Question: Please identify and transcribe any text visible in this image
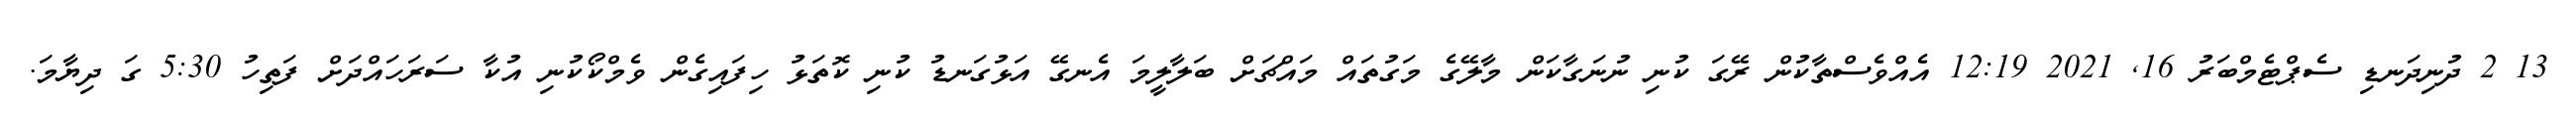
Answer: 13 2 ދުނިދަނޑި ސެޕްޓެމްބަރު 16, 2021 12:19 އެއްވެސްތާކުން ރޭގަ ކުނި ނުނަގާކަން މާލޭގެ މަގުތައް މައްޗަށް ބަލާލީމަ އެނގޭ އަޅުގަނޑު ކުނި ކޮތަޅު ހިފައިގެން ވެމްކޯކުނި އުކާ ސަރަހައްދަށް ފަތިހު 5:30 ގަ ދިޔާމަ.